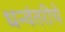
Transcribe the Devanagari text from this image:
धन्वंतरीचे